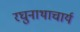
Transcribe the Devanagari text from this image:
रघुनाथाचार्य